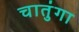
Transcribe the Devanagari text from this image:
चातुंगा